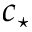
c _ { \star }